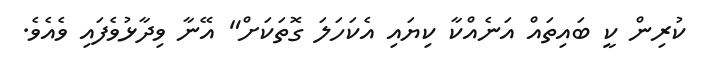
ކުރިން ކީ ބައިތައް އަނެއްކާ ކިޔައި އެކަހަލަ ގޮތަކަށް" އޭނާ ވިދާޅުވެފައި ވެއެވެ.